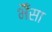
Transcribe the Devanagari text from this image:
भैँसा